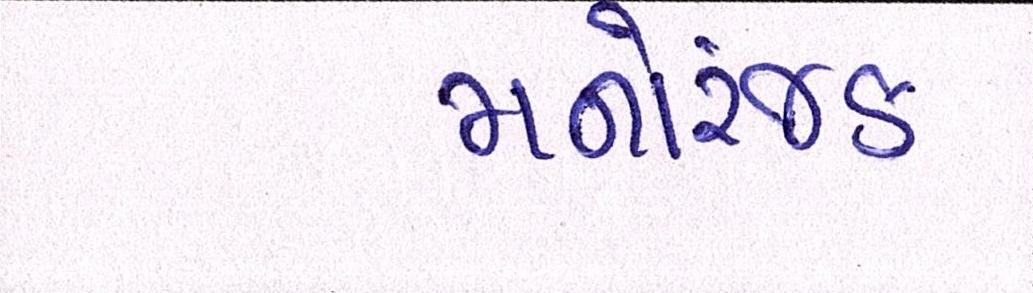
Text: મનોરંજક